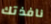
نافذتك